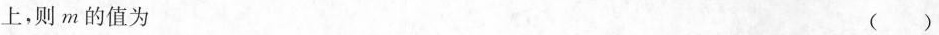
上，则m的值为 ( )